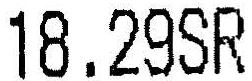
18.29SR